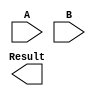
module adder (A,B,Result);

input [31:0] A, B;
output [31:0] Result;

reg [31:0] Sum;
reg [32:0] Carry;

integer i;

always@(A or B)
	begin
		for(i=0; i<32; i=i+1)
		begin
			Sum[i]=A[i]^B[i]^Carry[i];
			Carry[i+1] = (A[i]&B[i])|(Carry[i]&(A[i]|B[i]));
		end
end
endmodule